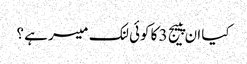
کیا ان پییج 3 کا کوئی لنک میسر ہے ؟